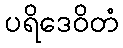
ပရိဒေဝိတံ